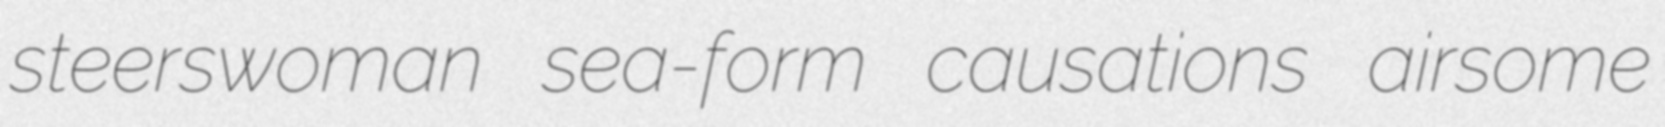
steerswoman sea-form causations airsome